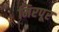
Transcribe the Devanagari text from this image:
मिरपूर